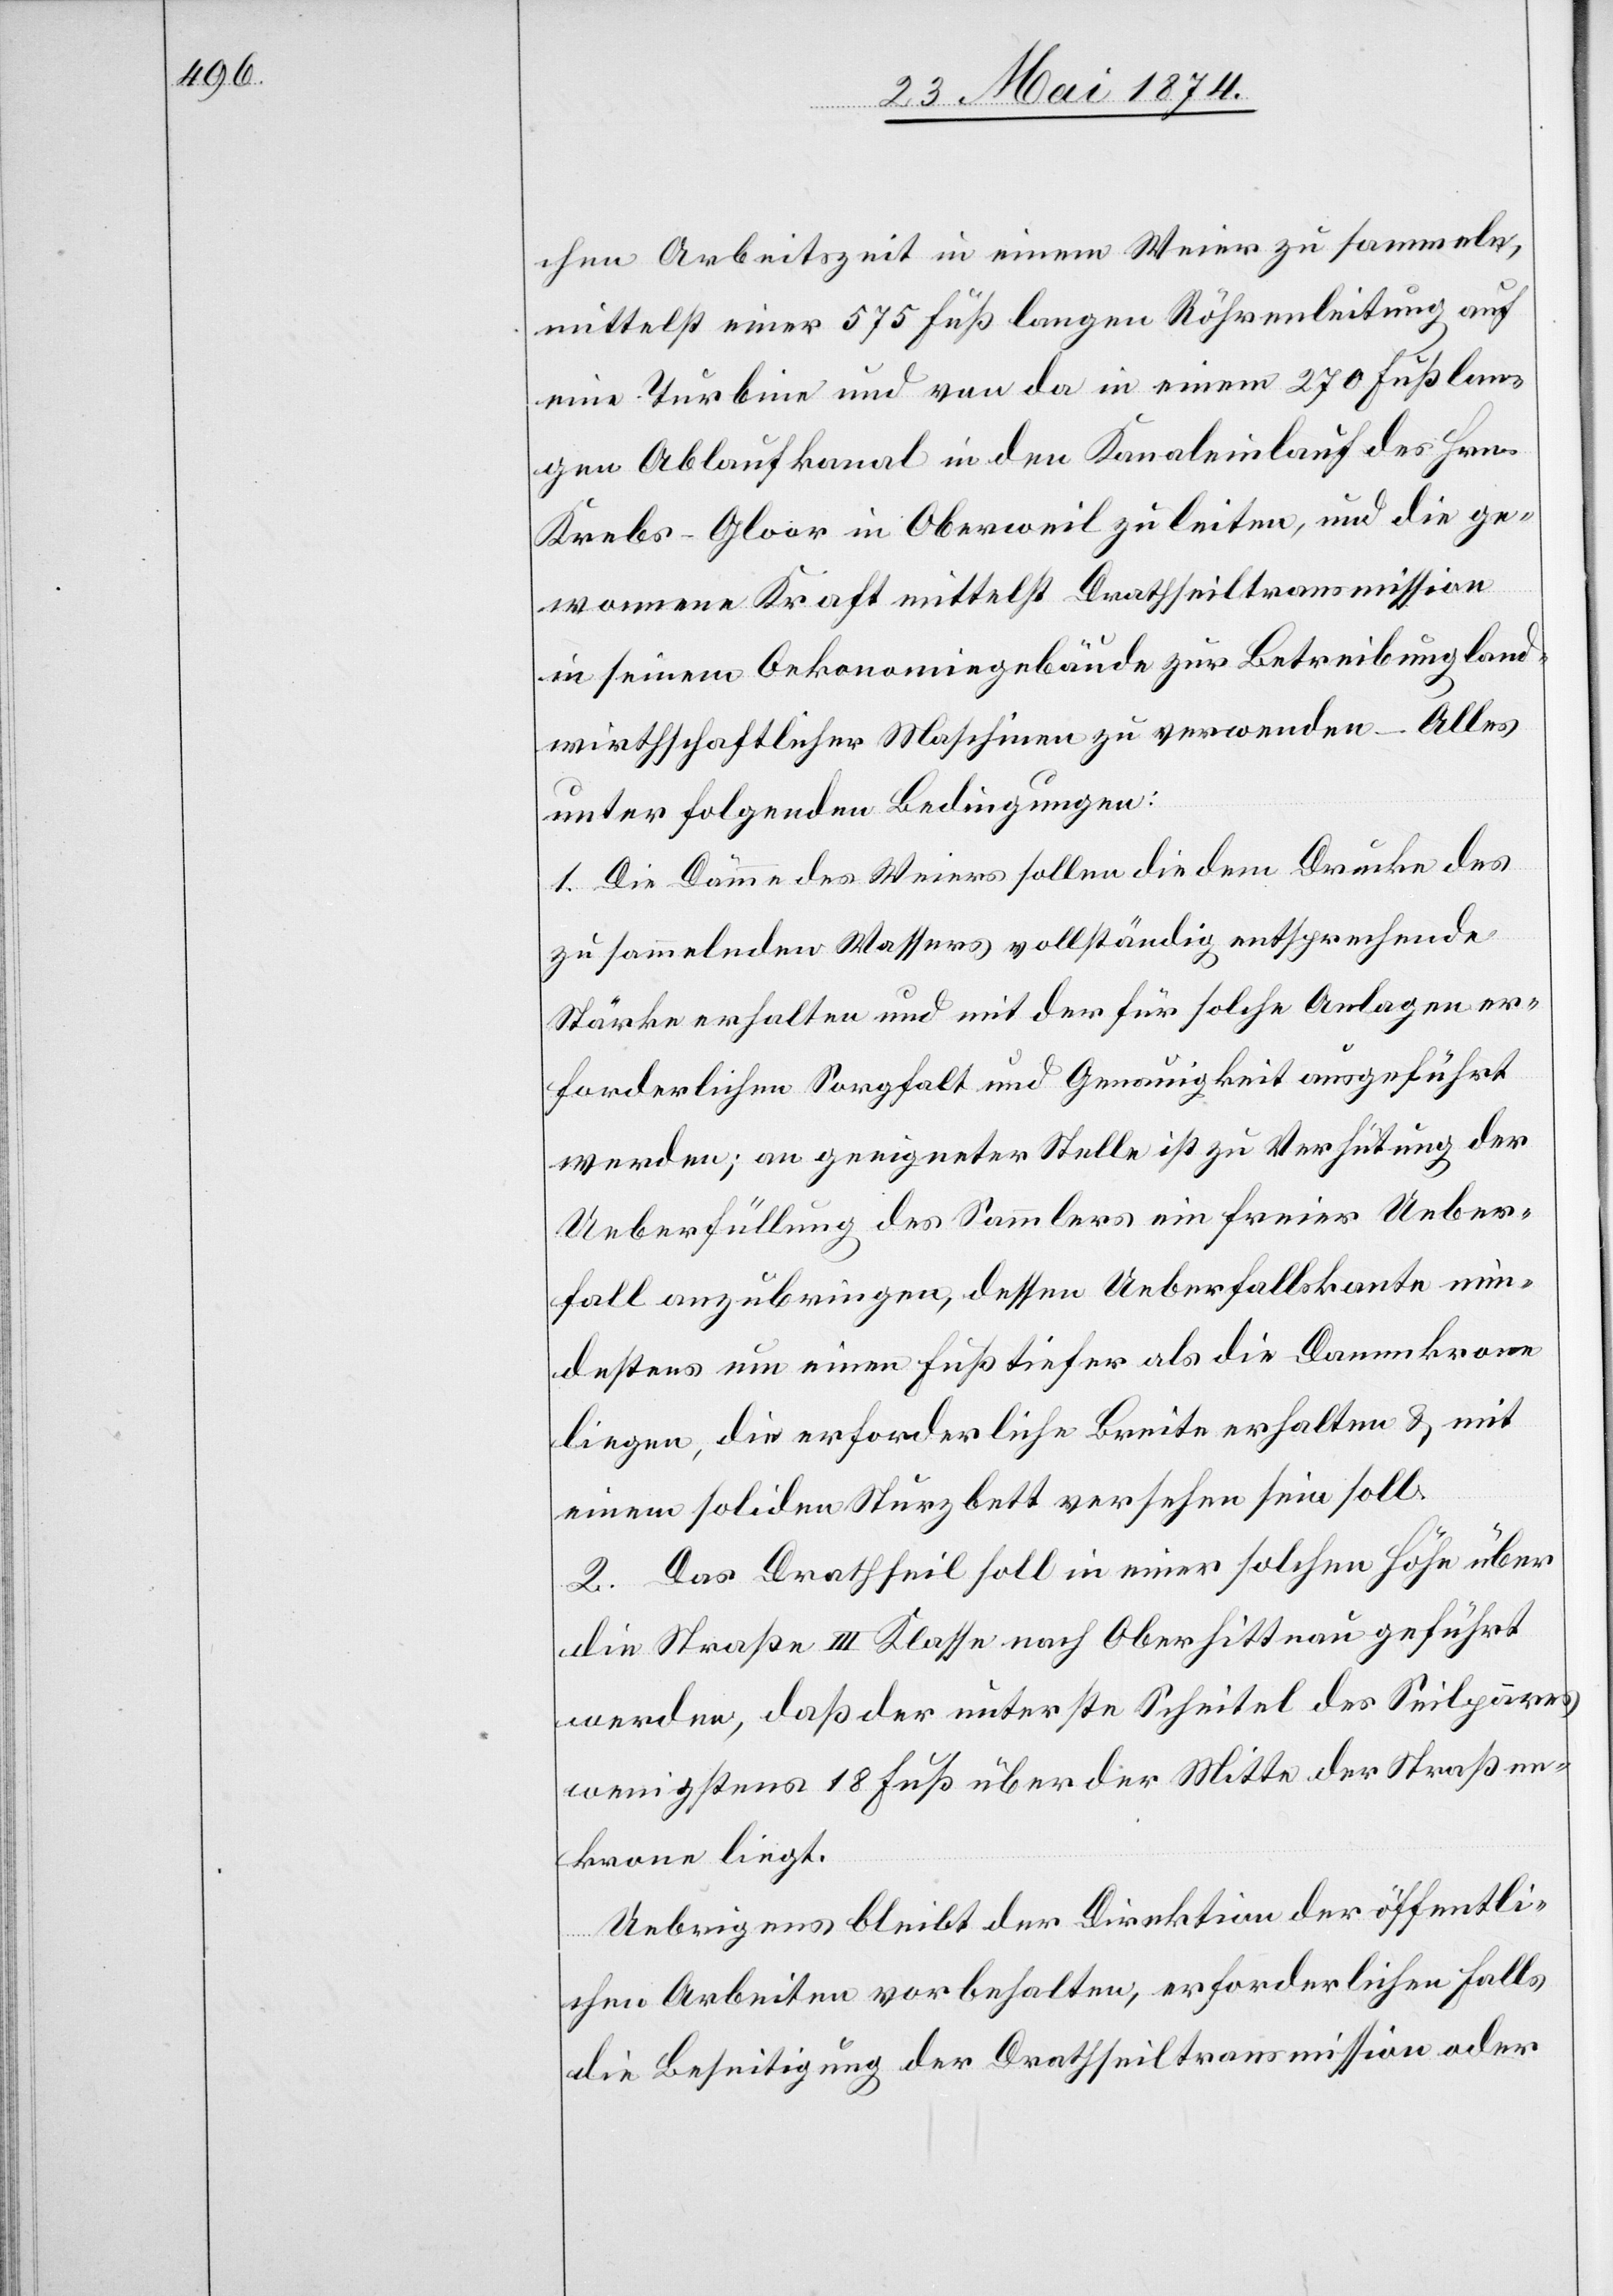
chen Arbeitszeit in einem Weier zu sammelnde,
mittelst einer 575 Fuß langen Röhrenleitung auf
eine Turbine und von da in einem 270 Fuß lan¬
gen Ablaufkanal in den Kanaleinlauf des Hrn.
Krebs-Gloor in Oberweil zu leiten, und die ge¬
wonnene Kraft mittelst Drathseiltransmission
in seinem Oekonomiegebäude zur Betreibung land¬
wirthschaftlicher Maschinen zu verwenden – Alles
unter folgenden Bedingungen:
1. Die Dämme des Weiers sollen die dem Drucke des
zu sammelnden Wassers vollständig entsprechende
Stärke erhalten und mit der für solche Anlagen er¬
forderlichen Sorgfalt und Genauigkeit ausgeführt
werden; an geeigneter Stelle ist zu Verhütung der
Ueberfüllung des Sammlers ein freier Ueber¬
fall anzubringen, dessen Ueberfallskante min¬
destens um einen Fuß tiefer als die Dammkrone
liegen, die erforderliche Breite erhalten u. mit
einem soliden Sturzbett versehen sein soll.
2. Das Drathseil soll in einer solchen Höhe über
die Straße III. Klasse nach Oberhittnau geführt
werden, daß der unterste Scheitel des Seilpaares
wenigstens 18 Fuß über der Mitte der Straßen¬
krone liegt.
Uebrigens bleibt der Direktion der öffentli¬
chen Arbeiten vorbehalten, erforderlichen Falls
die Beseitigung der Drathseiltransmission oder